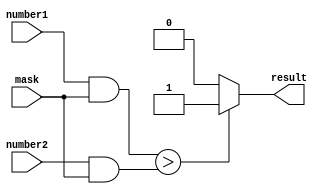
module Masked_Comparator (
    input [7:0] number1,
    input [7:0] number2,
    input [7:0] mask,
    output reg result
);

reg [9:0] masked_number1;
reg [9:0] masked_number2;

always @(*) begin
    masked_number1 = number1 & mask;
    masked_number2 = number2 & mask;
    
    if (masked_number1 > masked_number2) begin
        result = 1'b1; // number1 is greater than number2
    end else if (masked_number1 < masked_number2) begin
        result = 1'b0; // number1 is less than number2
    end else begin
        result = 1'b0; // numbers are equal
    end
end

endmodule